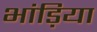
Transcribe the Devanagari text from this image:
भांड़िया